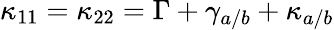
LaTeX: \kappa_{11}=\kappa_{22}=\Gamma+\gamma_{a/b}+\kappa_{a/b}